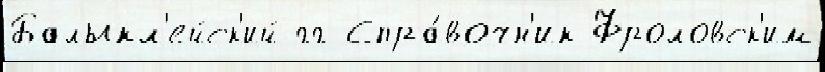
Балыкл'ейск'ий гг Спра́вочн'ик Фроловск'им